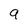
Character: 9